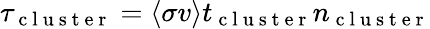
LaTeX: \tau_{\mathrm{~c~l~u~s~t~e~r~}}=\langle\sigma v\rangle t_{\mathrm{~c~l~u~s~t~e~r~}}n_{\mathrm{~c~l~u~s~t~e~r~}}